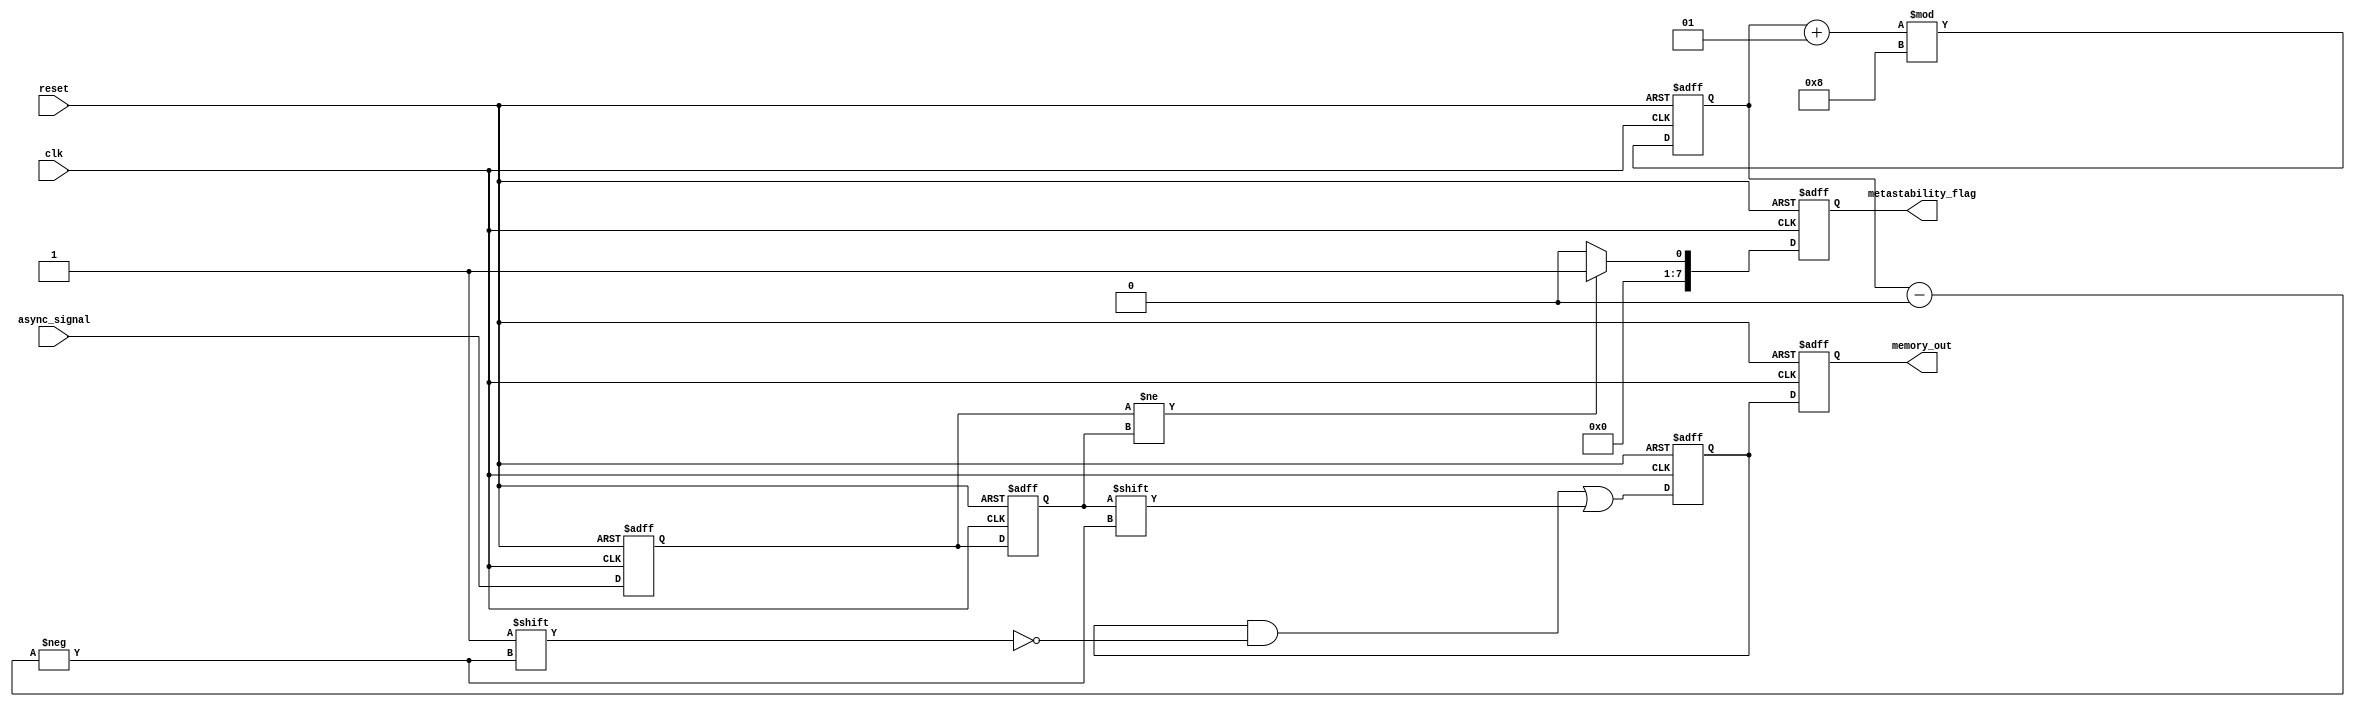
module metastability_detector #(
    parameter MEMORY_SIZE = 8  // Number of samples to store
)(
    input wire clk,              // Clock signal
    input wire reset,            // Reset signal
    input wire async_signal,     // Asynchronous input signal to monitor
    output reg [MEMORY_SIZE-1:0] metastability_flag, // Flag for metastability detection
    output reg [MEMORY_SIZE-1:0] memory_out // Memory output for sampled values
);

    // Internal signals
    reg ff1, ff2;                // Flip-flops for sampling
    reg [MEMORY_SIZE-1:0] memory; // Memory to store samples
    integer sample_index;        // Index for memory sampling

    // Flip-Flops to sample the asynchronous signal
    always @(posedge clk or posedge reset) begin
        if (reset) begin
            ff1 <= 1'b0;
            ff2 <= 1'b0;
        end else begin
            ff1 <= async_signal;  // Sample async signal
            ff2 <= ff1;           // Sample output of first flip-flop
        end
    end

    // Metastability detection logic
    always @(posedge clk or posedge reset) begin
        if (reset) begin
            metastability_flag <= 0;
        end else begin
            if (ff1 != ff2) begin
                metastability_flag <= 1; // Flag metastability condition
            end else begin
                metastability_flag <= 0; // Clear flag if stable
            end
        end
    end

    // Memory sampling mechanism
    always @(posedge clk or posedge reset) begin
        if (reset) begin
            memory <= 0;
            sample_index <= 0;
        end else begin
            // Store the output of the second flip-flop into memory
            memory[sample_index] <= ff2;
            sample_index <= (sample_index + 1) % MEMORY_SIZE; // Circular buffer
        end
    end

    // Output the memory content
    always @(posedge clk or posedge reset) begin
        if (reset) begin
            memory_out <= 0;
        end else begin
            memory_out <= memory; // Output the current memory state
        end
    end

endmodule